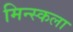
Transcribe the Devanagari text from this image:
मिन्स्कला